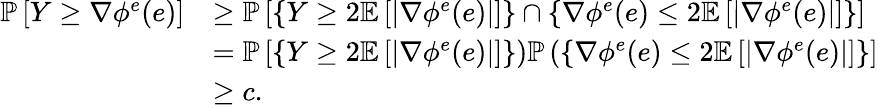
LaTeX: \begin{array}{rl}{\mathbb{P}\left[Y\geq\nabla\phi^{e}(e)\right]}&{\geq\mathbb{P}\left[\left\{ Y\geq 2\mathbb{E}\left[\left|\nabla\phi^{e}(e)\right|\right]\right\} \cap\left\{ \nabla\phi^{e}(e)\leq 2\mathbb{E}\left[\left|\nabla\phi^{e}(e)\right|\right]\right\} \right]}\\ &{=\mathbb{P}\left[\left\{ Y\geq 2\mathbb{E}\left[\left|\nabla\phi^{e}(e)\right|\right]\right\} \right)\mathbb{P}\left(\left\{ \nabla\phi^{e}(e)\leq 2\mathbb{E}\left[\left|\nabla\phi^{e}(e)\right|\right]\right\} \right]}\\ &{\geq c.}\end{array}